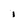
Character: i